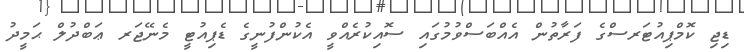
ޑިޖި ކޮމްޕިއުޓަރސްގެ ފަރާތުން އެއްބަސްވުމުގައި ސޮއިކުރެއްވީ އެކުންފުނީގެ ޑެޕިއުޓީ މެނޭޖަރ ޢަބްދުލް ޙަމީދު